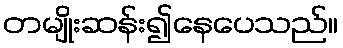
တမျိုးဆန်း၍နေပေသည်။